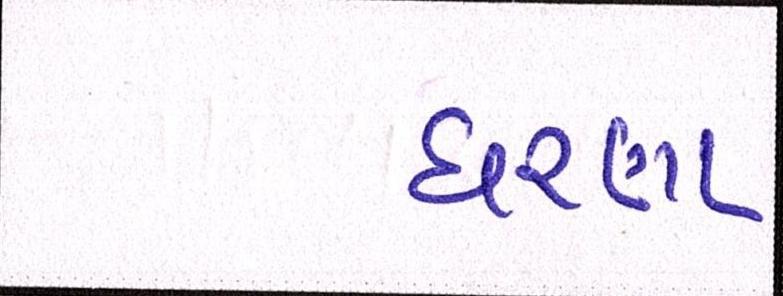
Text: ધરણા